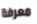
معرفة